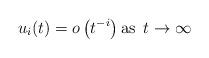
LaTeX: \begin{align*}u_i(t) = o\left(t^{-i}\right) \mbox{as } \, t \to \infty\end{align*}